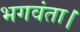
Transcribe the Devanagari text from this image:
भगवंता।